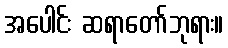
အပေါင်း ဆရာတော်ဘုရား။